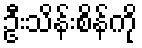
ဦးသိန်းစိန်ကို